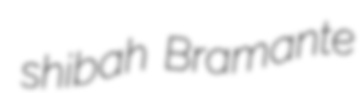
shibah Bramante